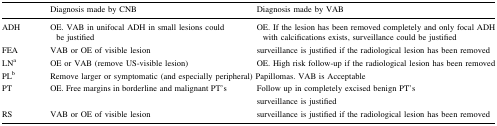
<table><thead><tr><td></td><td><b>Diagnosis made by CNB</b></td><td><b>Diagnosis made by VAB</b></td></tr></thead><tbody><tr><td>ADH</td><td>OE. VAB in unifocal ADH in small lesions could be justified</td><td>OE. If the lesion has been removed completely and only focal ADH with calcifications exists, surveillance could be justified</td></tr><tr><td>FEA</td><td>VAB or OE of visible lesion</td><td>surveillance is justified if the radiological lesion has been removed</td></tr><tr><td>LN<sup>a</sup></td><td>OE or VAB (remove US-visible lesion)</td><td>OE. High risk follow-up if the radiological lesion has been removed</td></tr><tr><td>PL<sup>b</sup></td><td colspan="2">Remove larger or symptomatic (and especially peripheral) Papillomas. VAB is Acceptable</td></tr><tr><td>PT</td><td>OE. Free margins in borderline and malignant PT’s</td><td>Follow up in completely excised benign PT’ssurveillance is justified</td></tr><tr><td>RS</td><td>VAB or OE of visible lesion</td><td>surveillance is justified if the radiological lesion has been removed</td></tr></tbody></table>